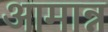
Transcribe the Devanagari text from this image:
आमान्न